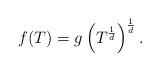
LaTeX: \begin{align*} f(T) = g\left(T^{\frac{1}{d}}\right)^{\frac{1}{d}}. \end{align*}